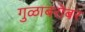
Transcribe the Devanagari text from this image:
गुळाबरोबर